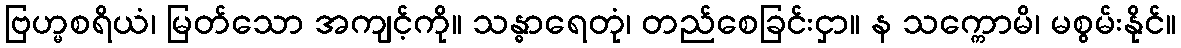
ဗြဟ္မစရိယံ၊ မြတ်သော အကျင့်ကို။ သန္ဓာရေတုံ၊ တည်စေခြင်းငှာ။ န သက္ကောမိ၊ မစွမ်းနိုင်။